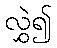
လွှဲ၍